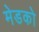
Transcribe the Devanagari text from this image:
मेडको